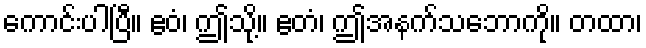
ကောင်းပါပြီ။ ဧဝံ၊ ဤသို့။ ဧတံ၊ ဤအနက်သဘောကို။ တထာ၊